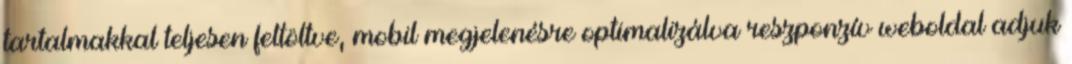
tartalmakkal teljesen feltöltve, mobil megjelenésre optimalizálva reszponzív weboldal adjuk